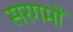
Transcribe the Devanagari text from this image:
सरगमों